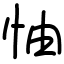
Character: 怞